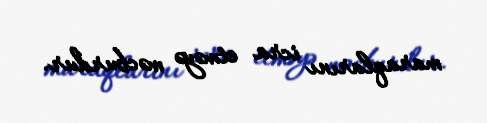
maraqlarını icra etməyə məcburdur.